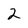
Character: 2